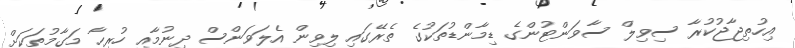
އިހުތިޖާޖުކުރާ ސިވިލް ސާވަންޓުންގެ ޑިމާންޑުތަކުގެ ތެރޭގައި ލިވިން އެލަވަންސް ދިނުމާއި ހުރިހާ މަގާމުތަކަށް